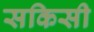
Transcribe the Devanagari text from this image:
सकिसी